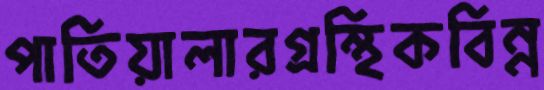
পাতিয়ালারগ্রন্থিকবিন্ন